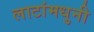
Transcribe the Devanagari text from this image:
लाटांमधुनी